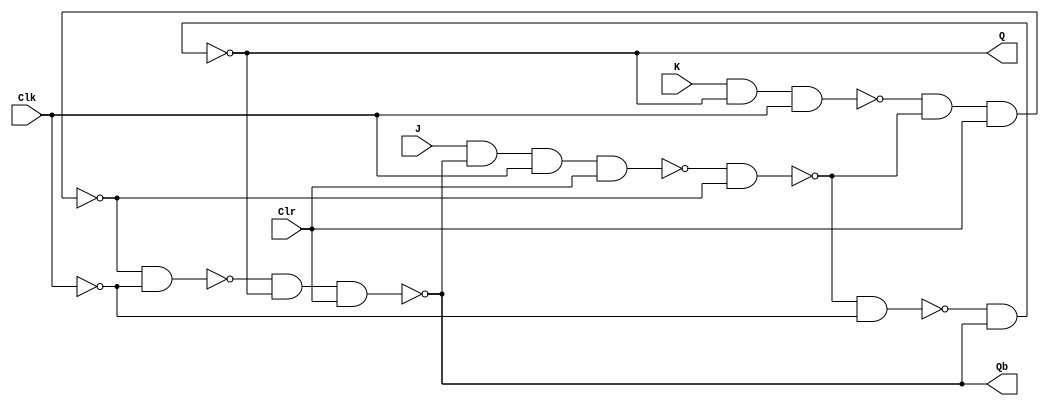
/* During wave simulation in ModelSim,
Set the variable Clk as clock.
Force the value of Clr to 0 only for the first run. 
After the first run, force the value to 1. 
*/
module JK_FlipFlop(Q, Qb, J, K, Clk, Clr);
	input J, K, Clk, Clr;
	output Q, Qb;
	wire w1, w2, w3, w4, w5, Q1, Qb1, Clkb;

	nand(w1, J, Qb, Clk, Clr);
	nand(w2, K, Q, Clk);
	nand(Q1, w1, Qb1);
	nand(Qb1, w2, Q1, Clr);

	not(Clkb, Clk);

	nand(w3, Q1, Clkb);
	nand(w4, Qb1, Clkb);
	nand(Q, w3, Qb);
	nand(Qb, w4, Q, Clr);
endmodule